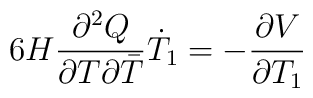
6 H \frac{\partial^2 Q}{\partial T \partial {\bar{T}}}\dot{T}_1=-\frac{\partial V}{\partial T_1}